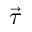
\vec { \tau }